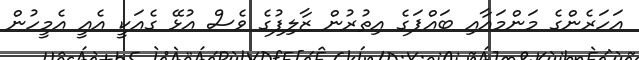
އަހަރެންގެ މަންމައާއި ބައްޕަގެ އިތުރުން ޒާލިފުގެ ވެސް އުޅޭ ގެއަކީ އެއީ އެމީހުން